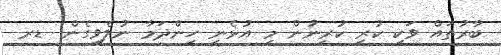
ބާރުތައް ވަކި ކުރި ކުރީނުން މި އުޅެނީ ހިންދަމާ ނުލެވިގެން  ޑރ